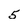
Character: 5